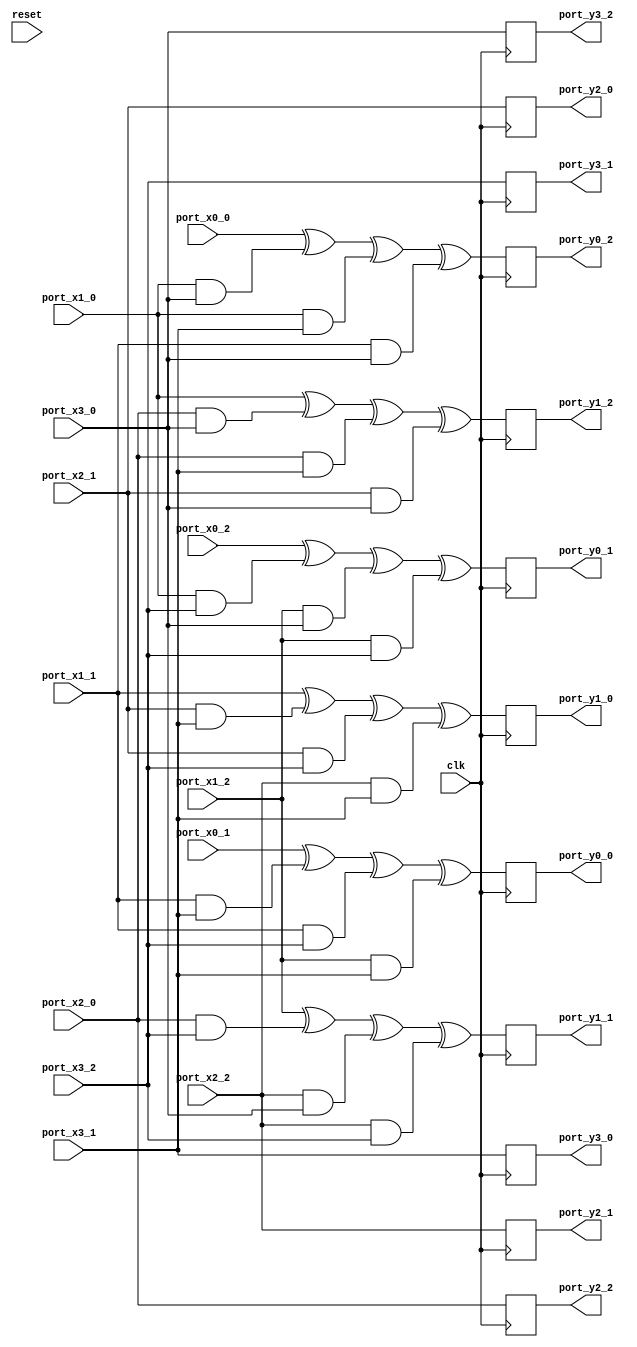
// Generator : SpinalHDL v1.7.3    git head : aeaeece704fe43c766e0d36a93f2ecbb8a9f2003
// Component : Sbox_0123456789BAEFDC_3shares
// Git hash  : db593c14fe8e83f0a4a5d43cf13325e631d65148

`timescale 1ns/1ps

module Sbox_0123456789BAEFDC_3shares (
  input               port_x0_0,
  input               port_x0_1,
  input               port_x0_2,
  input               port_x1_0,
  input               port_x1_1,
  input               port_x1_2,
  input               port_x2_0,
  input               port_x2_1,
  input               port_x2_2,
  input               port_x3_0,
  input               port_x3_1,
  input               port_x3_2,
  output              port_y0_0,
  output              port_y0_1,
  output              port_y0_2,
  output              port_y1_0,
  output              port_y1_1,
  output              port_y1_2,
  output              port_y2_0,
  output              port_y2_1,
  output              port_y2_2,
  output              port_y3_0,
  output              port_y3_1,
  output              port_y3_2,
  input               clk,
  input               reset
);

  reg                 y0_0;
  reg                 y0_1;
  reg                 y0_2;
  reg                 y1_0;
  reg                 y1_1;
  reg                 y1_2;
  reg                 y2_0;
  reg                 y2_1;
  reg                 y2_2;
  reg                 y3_0;
  reg                 y3_1;
  reg                 y3_2;

  assign port_y0_0 = y0_0;
  assign port_y0_1 = y0_1;
  assign port_y0_2 = y0_2;
  assign port_y1_0 = y1_0;
  assign port_y1_1 = y1_1;
  assign port_y1_2 = y1_2;
  assign port_y2_0 = y2_0;
  assign port_y2_1 = y2_1;
  assign port_y2_2 = y2_2;
  assign port_y3_0 = y3_0;
  assign port_y3_1 = y3_1;
  assign port_y3_2 = y3_2;
  always @(posedge clk) begin
    y0_0 <= (((port_x0_1 ^ (port_x1_1 && port_x3_1)) ^ (port_x1_1 && port_x3_2)) ^ (port_x1_2 && port_x3_1));
    y0_1 <= (((port_x0_2 ^ (port_x1_0 && port_x3_2)) ^ (port_x1_2 && port_x3_0)) ^ (port_x1_2 && port_x3_2));
    y0_2 <= (((port_x0_0 ^ (port_x1_0 && port_x3_0)) ^ (port_x1_0 && port_x3_1)) ^ (port_x1_1 && port_x3_0));
    y1_0 <= (((port_x1_1 ^ (port_x2_1 && port_x3_1)) ^ (port_x2_1 && port_x3_2)) ^ (port_x2_2 && port_x3_1));
    y1_1 <= (((port_x1_2 ^ (port_x2_0 && port_x3_2)) ^ (port_x2_2 && port_x3_0)) ^ (port_x2_2 && port_x3_2));
    y1_2 <= (((port_x1_0 ^ (port_x2_0 && port_x3_0)) ^ (port_x2_0 && port_x3_1)) ^ (port_x2_1 && port_x3_0));
    y2_0 <= port_x2_1;
    y2_1 <= port_x2_2;
    y2_2 <= port_x2_0;
    y3_0 <= port_x3_1;
    y3_1 <= port_x3_2;
    y3_2 <= port_x3_0;
  end


endmodule